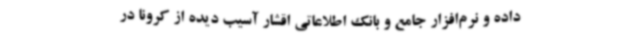
داده و نرم‌افزار جامع و بانک اطلاعاتی اقشار آسیب دیده از کرونا در